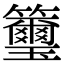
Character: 𥸀